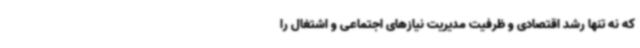
که نه تنها رشد اقتصادی و ظرفیت مدیریت نیازهای اجتماعی و اشتغال را